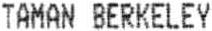
TAMAN BERKELEY